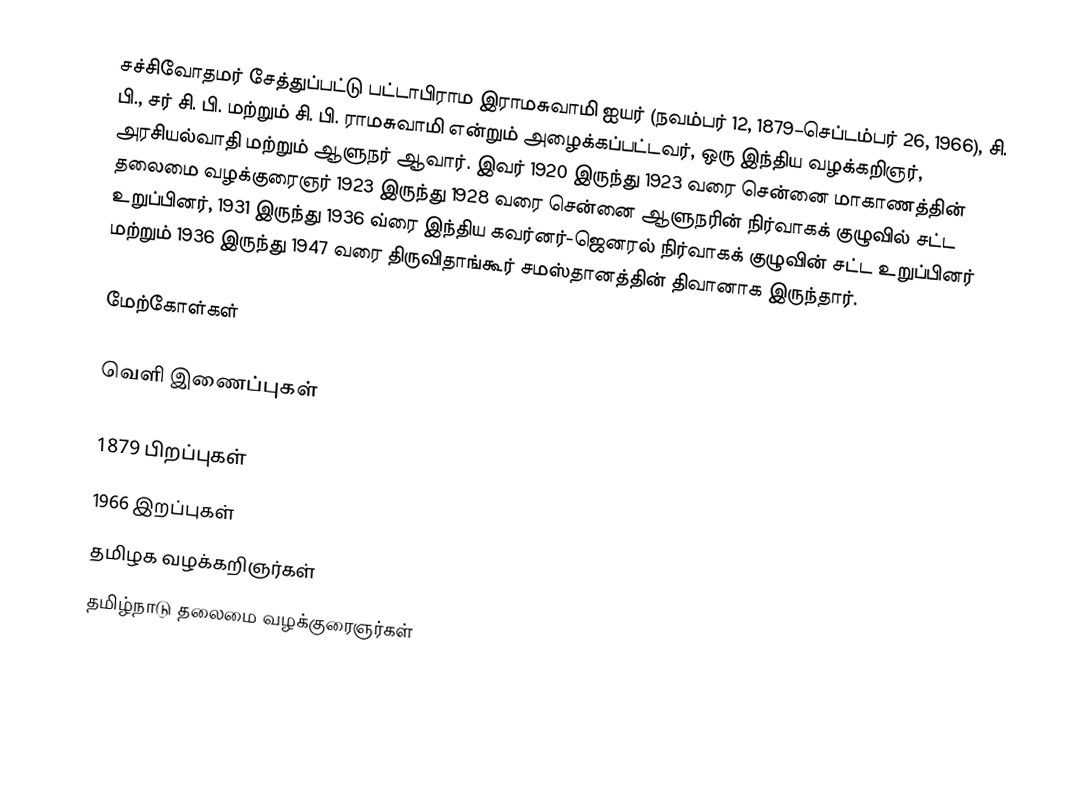
சச்சிவோதமர் சேத்துப்பட்டு பட்டாபிராம இராமசுவாமி ஐயர் (நவம்பர் 12, 1879–செப்டம்பர் 26, 1966), சி. பி., சர் சி. பி. மற்றும் சி. பி. ராமசுவாமி என்றும் அழைக்கப்பட்டவர், ஒரு இந்திய வழக்கறிஞர், அரசியல்வாதி மற்றும் ஆளுநர் ஆவார். இவர் 1920 இருந்து 1923 வரை சென்னை மாகாணத்தின் தலைமை வழக்குரைஞர் 1923 இருந்து 1928 வரை சென்னை ஆளுநரின் நிர்வாகக் குழுவில் சட்ட உறுப்பினர், 1931 இருந்து 1936 வ்ரை இந்திய கவர்னர்-ஜெனரல் நிர்வாகக் குழுவின் சட்ட உறுப்பினர் மற்றும் 1936 இருந்து 1947 வரை திருவிதாங்கூர் சமஸ்தானத்தின் திவானாக இருந்தார்.

மேற்கோள்கள்

வெளி இணைப்புகள்

1879 பிறப்புகள்
1966 இறப்புகள்
தமிழக வழக்கறிஞர்கள்
தமிழ்நாடு தலைமை வழக்குரைஞர்கள்